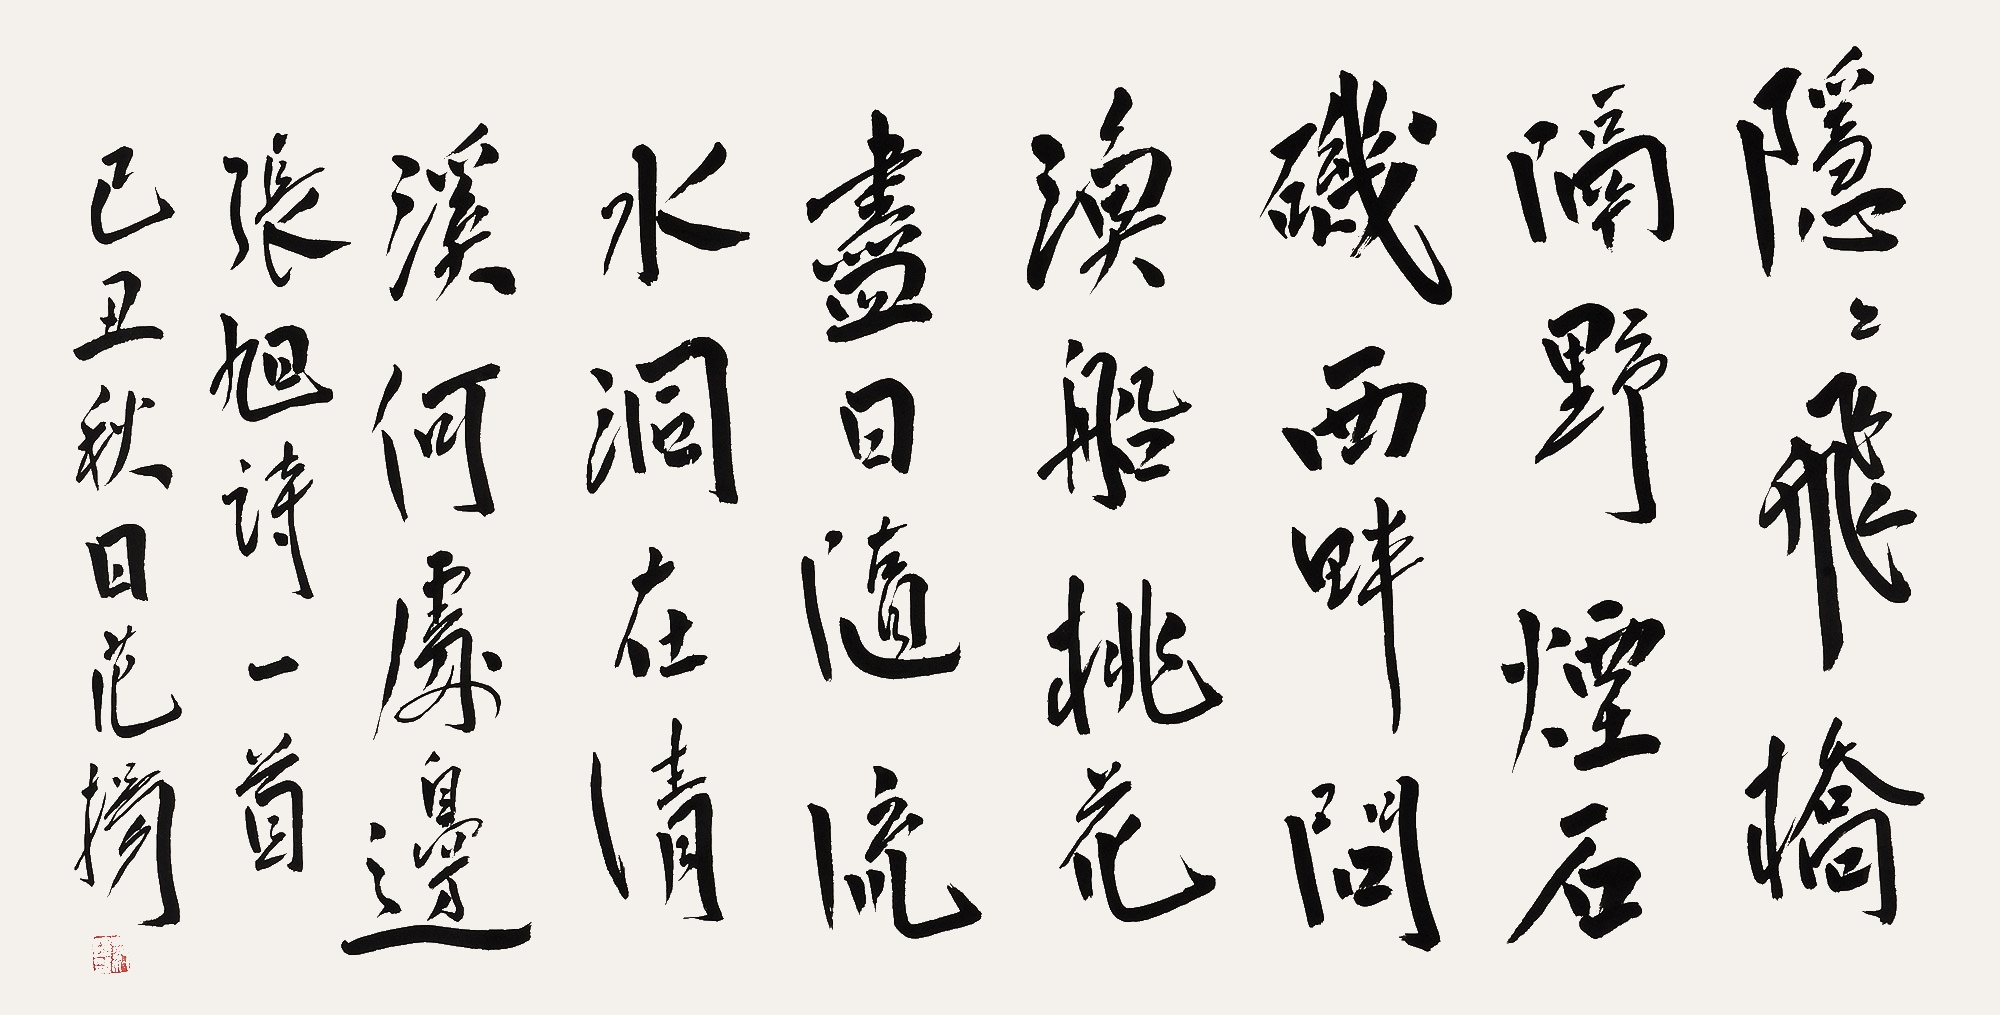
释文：隐隐飞桥隔野烟，石矶西畔问渔船。桃花尽日随流水，洞在清溪何处边。张旭诗一首，己丑秋日范扬。